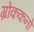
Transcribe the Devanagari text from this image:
ग्रोककनो